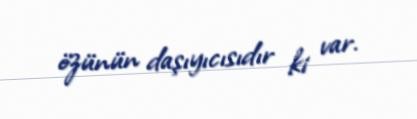
özünün daşıyıcısıdır ki var.